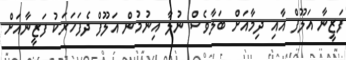
ފަޒީނާ އަލޫފް އާއި ދިމާއަށް ބަލާވެސް ނުލާ އިނުމުން އަލޫފް ދެފަހަރަކު ފަޒީނާއަށް